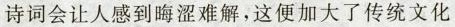
些诗词会让人感到晦涩难解.这便加大工传统文化